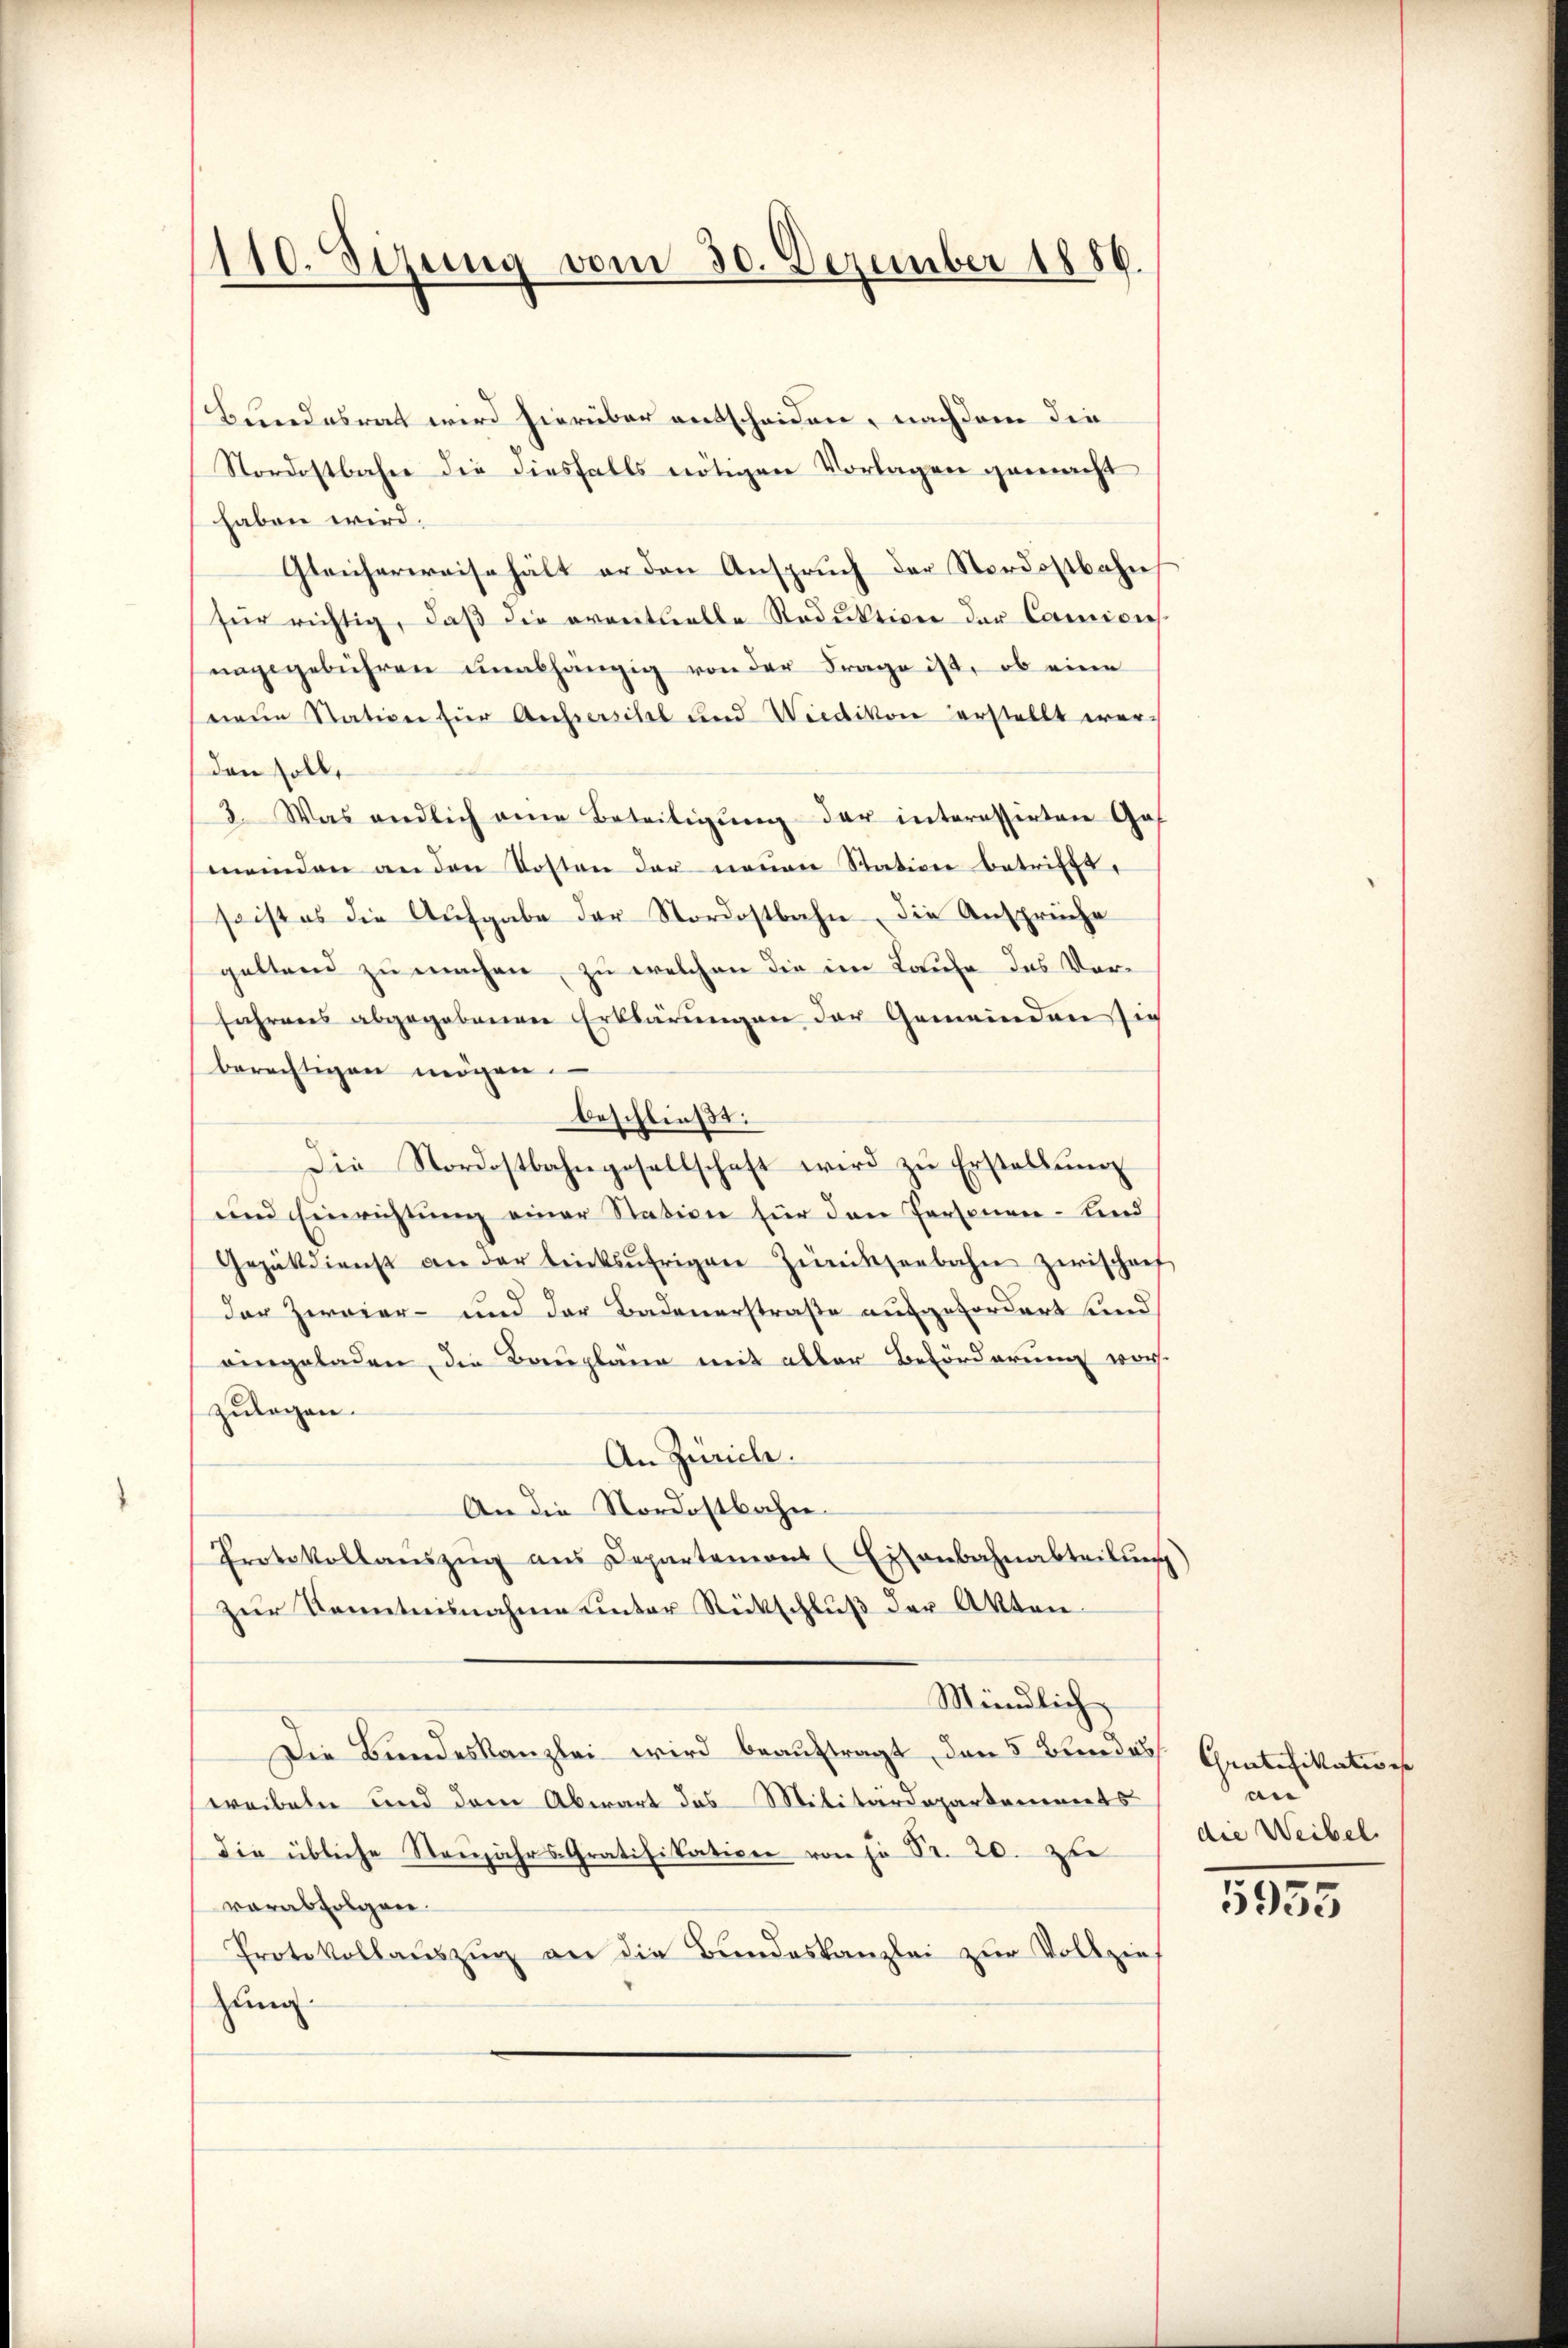
110. Sizung vom 30. Dezember 1886.

Bundesrat wird hierüber entscheiden, nachdem die
Nordostbahn die diesfalls nötigen Vorlagen gemacht
haben wird.
Gleicherweise hält er den Anspruch der Nordostbahn
für richtig, daß die eventuelle Reduktion der Camicis
nagsgebühren unabhängig von der Frage ist, ob eine
neue Station für Ausserschel und Wiedikon erstellt werden soll,
3. Was endlich eine Beteiligŭng der interessirten Gas
meinden an den Kosten der neŭen Station betrifft,
seistes die Aufgabe der Nordostbahn, die Ansprüche
geltend zu machen, zu welchen die im Laufe des Vorfahrens abgegebenen Erklärungen der Gemeinden sie
berechtigen mögen.
beschließt:
Die Nordostbahngesellschaft wird zŭ Erstellŭng
und Einrichtung einer Station für den Personen- und
Gezäkdienst an der linksufrigen Zünikseebahn zwischaf
der Zweier- und der Badenerstraße aufgefordert und
eingeladen, die Baupläne mit aller Beförderung vor-
zulagen.
An Zürich.
An die Nordostbahn-
Protokollaŭszŭg aŭs Departement (Eisenbahnabteilung)
zur Kenntnunahme unter Rückschluß der Akten.
Mündlich
Die Bundeskanzlei wird beauftragt, den 5 Bundes
wreibeln und dem Abwart das Militärdepartements
die übliche Stenjahrs-Gratifikation von so Pr. 20. zue
verabfolgen.
Protokollauszug an die Bundeskanzlei zur Vollzieh
zung.

Gratifikatio ist
an
die Weibel.

5955